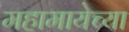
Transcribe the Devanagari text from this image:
महामायेच्या